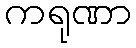
ကရုဏာ